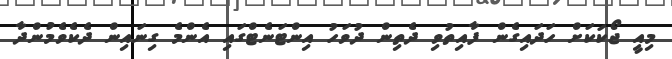
މިއީ ޖޯކަކަށް ހަދައިގެން ފާއިތުވި ދެތިން ދުވަހު އިންޓަނެޓްގައި އެންމެ ގިނައިން ދެކެވެމުންދާ